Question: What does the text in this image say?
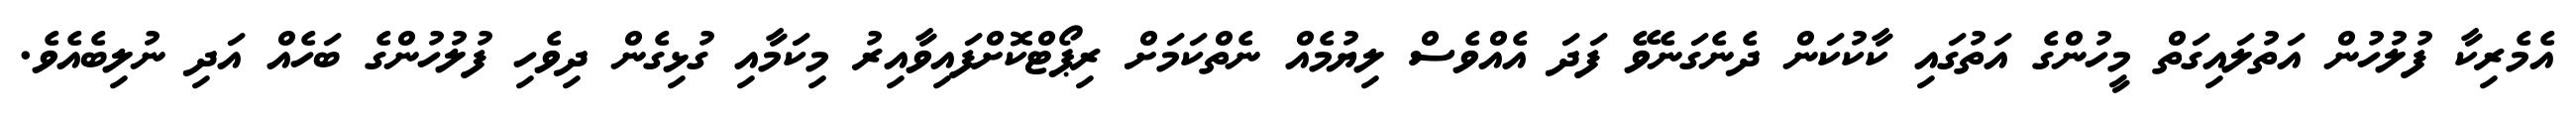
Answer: އެމެރިކާ ފުލުހުން އަތުލައިގަތް މީހުންގެ އަތުގައި ކާކުކަން ދެނެގަނެވޭ ފަދަ އެއްވެސް ލިޔުމެއް ނެތްކަމަށް ރިޕޯޓްކޮށްފައިވާއިރު މިކަމާއި ގުޅިގެން ދިވެހި ފުލުހުންގެ ބަހެއް އަދި ނުލިބެއެވެ.